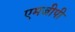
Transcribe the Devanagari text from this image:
एमजीपी